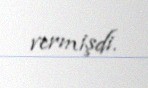
vermişdi.